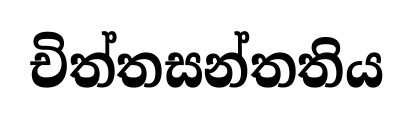
චිත්තසන්තතිය